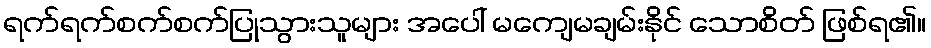
ရက်ရက်စက်စက်ပြုသွားသူများ အပေါ် မကျေမချမ်းနိုင် သောစိတ် ဖြစ်ရ၏။